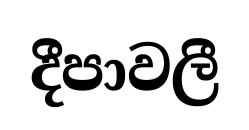
දීපාවලී